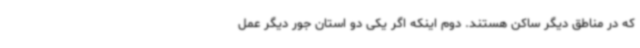
که در مناطق دیگر ساکن هستند. دوم اینکه اگر یکی دو استان جور دیگر عمل